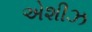
એશીઝ